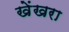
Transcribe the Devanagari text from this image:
खेंखरा